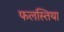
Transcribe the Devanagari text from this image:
फलस्तिया